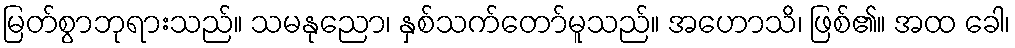
မြတ်စွာဘုရားသည်။ သမနုညော၊ နှစ်သက်တော်မူသည်။ အဟောသိ၊ ဖြစ်၏။ အထ ခေါ၊